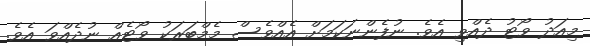
މިއަދު ވޯޓު ދެެއްވި އެވެ. ނުފެންނަކަމަށް އެއްވެސް މެމްބަރަކު ވޯޓެއް ނުދެއްވަ އެވެ.